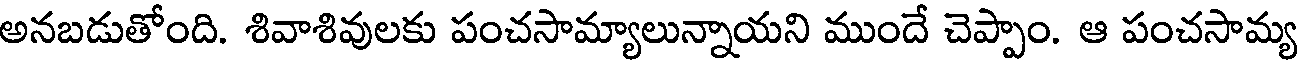
అనబడుతోంది. శివాశివులకు పంచసామ్యాలున్నాయని ముందే చెప్పాం. ఆ పంచసామ్య